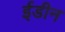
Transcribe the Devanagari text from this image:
ईडीन